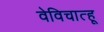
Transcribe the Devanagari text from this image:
वेविचात्हू